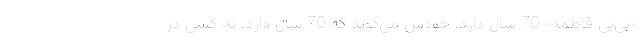
«بي‌بي ‌فاطمه» 70 سال دارد، خودش مي‌گويد كه 70 سال دارد، نه كسي در